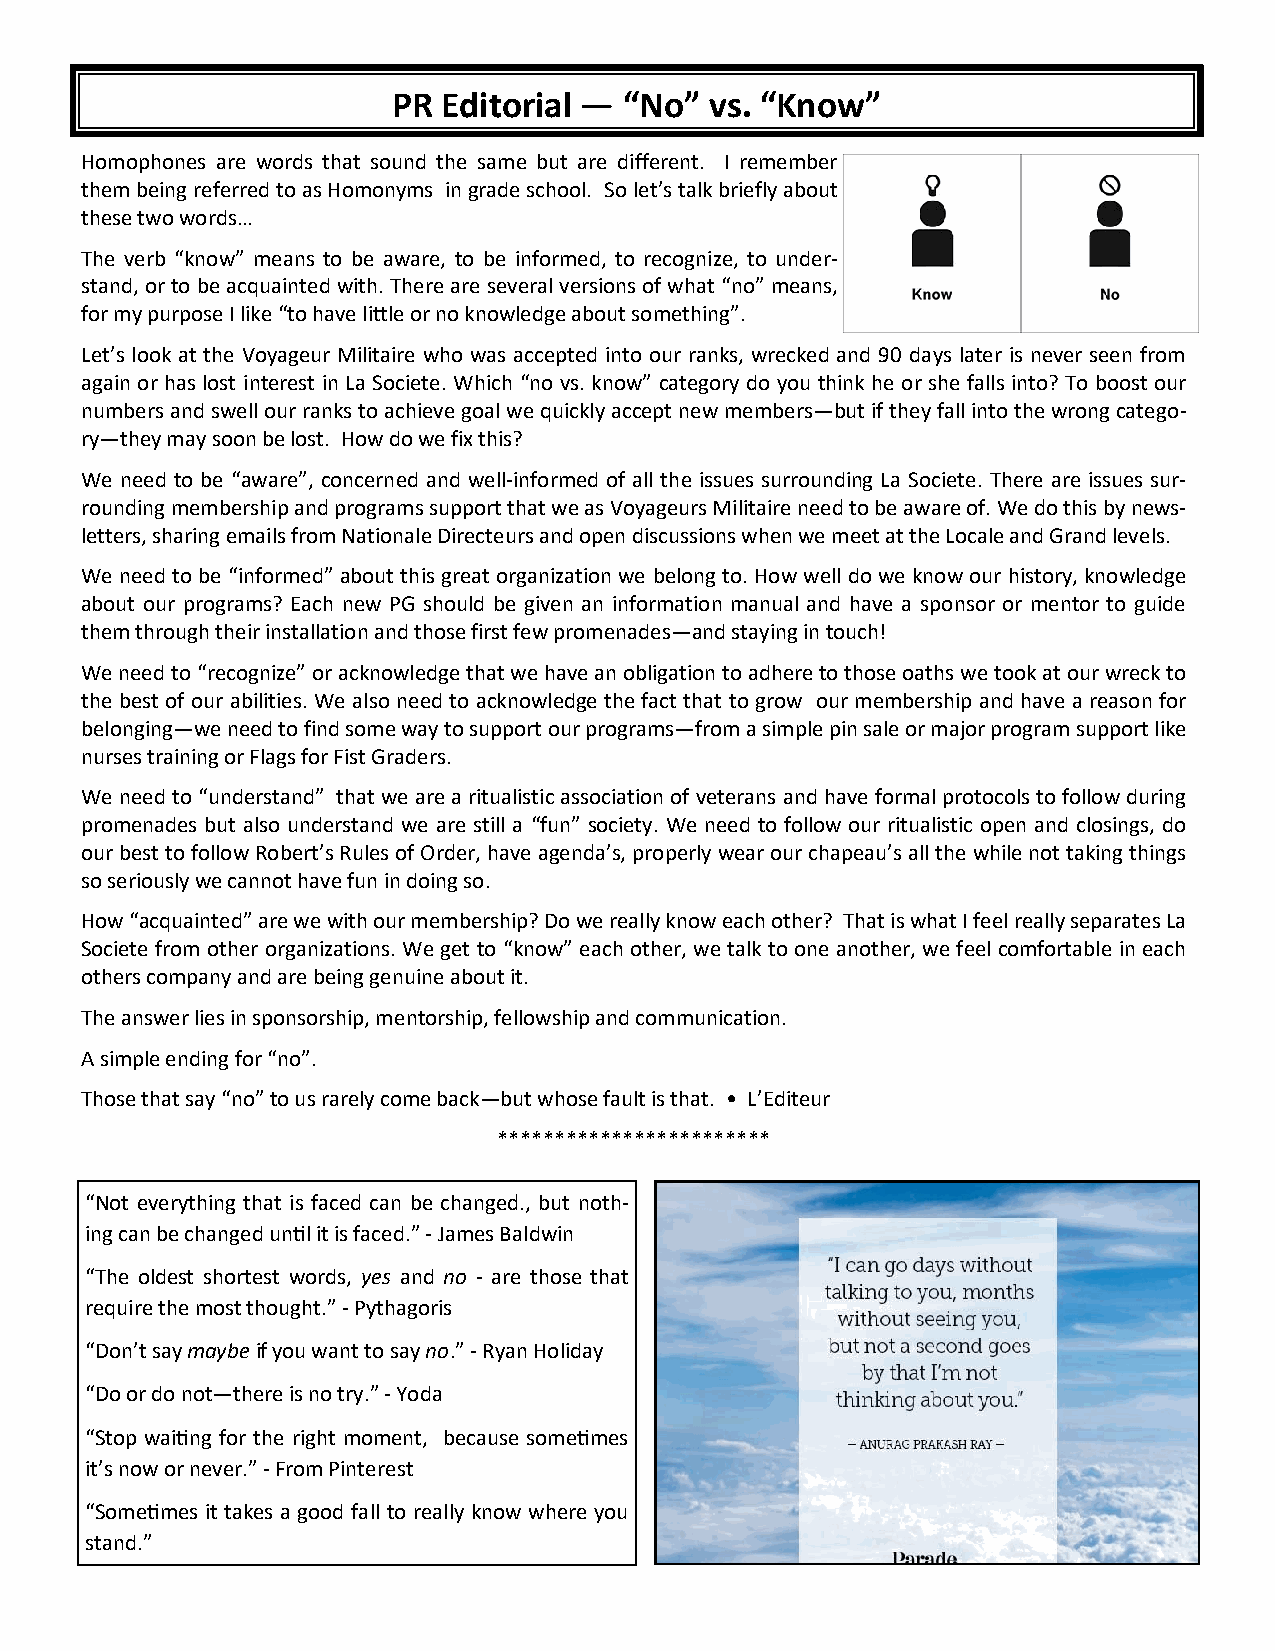
PR Editorial — “No”  vs. “Know”
 Homophones are words that sound the same but are different. I remember
 them being referred to as Homonyms in grade school. So let’s talk briefly about
 these two words…
 The verb “know” means to be aware, to be informed, to recognize, to under-
 stand, or to be acquainted with. There are several versions of what “no” means,
 for my purpose I like “to have little or no knowledge about something”.
 Let’s look at the Voyageur Militaire who was accepted into our ranks, wrecked and 90 days later is never seen from
 again or has lost interest in La Societe. Which “no vs. know” category do you think he or she falls into? To boost our
 numbers and swell our ranks to achieve goal we quickly accept new members—but if they fall into the wrong catego-
 ry—they may soon be lost. How do we fix this?
 We need to be “aware”, concerned and well-informed of all the issues surrounding La Societe. There are issues sur-
 rounding membership and programs support that we as Voyageurs Militaire need to be aware of. We do this by news-
 letters, sharing emails from Nationale Directeurs and open discussions when we meet at the Locale and Grand levels.
 We need to be “informed” about this great organization we belong to. How well do we know our history, knowledge
 about our programs? Each new PG should be given an information manual and have a sponsor or mentor to guide
 them through their installation and those first few promenades—and staying in touch!
 We need to “recognize” or acknowledge that we have an obligation to adhere to those oaths we took at our wreck to
 the best of our abilities. We also need to acknowledge the fact that to grow our membership and have a reason for
 belonging—we need to find some way to support our programs—from a simple pin sale or major program support like
 nurses training or Flags for Fist Graders.
 We need to “understand” that we are a ritualistic association of veterans and have formal protocols to follow during
 promenades but also understand we are still a “fun” society. We need to follow our ritualistic open and closings, do
 our best to follow Robert’s Rules of Order, have agenda’s, properly wear our chapeau’s all the while not taking things
 so seriously we cannot have fun in doing so.
 How “acquainted” are we with our membership? Do we really know each other? That is what I feel really separates La
 Societe from other organizations. We get to “know” each other, we talk to one another, we feel comfortable in each
 others company and are being genuine about it.
 The answer lies in sponsorship, mentorship, fellowship and communication.
 A simple ending for “no”.
 Those that say “no” to us rarely come back—but whose fault is that. • L’Editeur
 ************************
 “Not everything that is faced can be changed., but noth-
 ing can be changed until it is faced.” - James Baldwin
 “The oldest shortest words, yes and no - are those that
 require the most thought.” - Pythagoris
 “Don’t say maybe if you want to say no.” - Ryan Holiday
 “Do or do not—there is no try.” - Yoda
 “Stop waiting for the right moment, because sometimes
 it’s now or never.” - From Pinterest
 “Sometimes it takes a good fall to really know where you
 stand.”